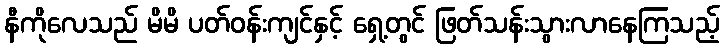
နီကိုလေသည် မိမိ ပတ်ဝန်းကျင်နှင့် ရှေ့တွင် ဖြတ်သန်းသွားလာနေကြသည့်